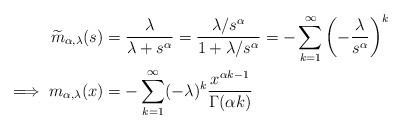
LaTeX: \begin{align*}\widetilde m_{\alpha,\lambda}(s) &= \frac{\lambda}{\lambda+s^\alpha} = \frac{\lambda/s^\alpha}{1+\lambda/s^\alpha} = -\sum_{k=1}^\infty \left(-\frac{\lambda}{s^\alpha}\right)^{k} \\\implies m_{\alpha,\lambda}(x) &= -\sum_{k=1}^\infty (-\lambda)^k \frac{x^{\alpha k-1}}{\Gamma(\alpha k)} \end{align*}